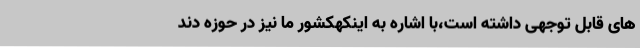
های قابل توجهی داشته است،با اشاره به اینکهکشور ما نیز در حوزه دند